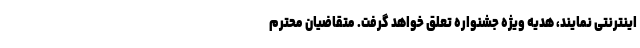
اینترنتی نمایند، هدیه ویژه جشنواره تعلق خواهد گرفت. متقاضیان محترم